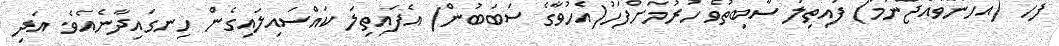
ފަހެ (އެހެންވެއްޖެނަމަ) ފައިތިލަ ސާބިތުވެ ހުރުމަށްފަހު(އެހުވާގެ ސަބަބުން) އެފައިތިލަ ކައްސައިލައިގެން ހިނގައިދާނެއެވެ. އަދި